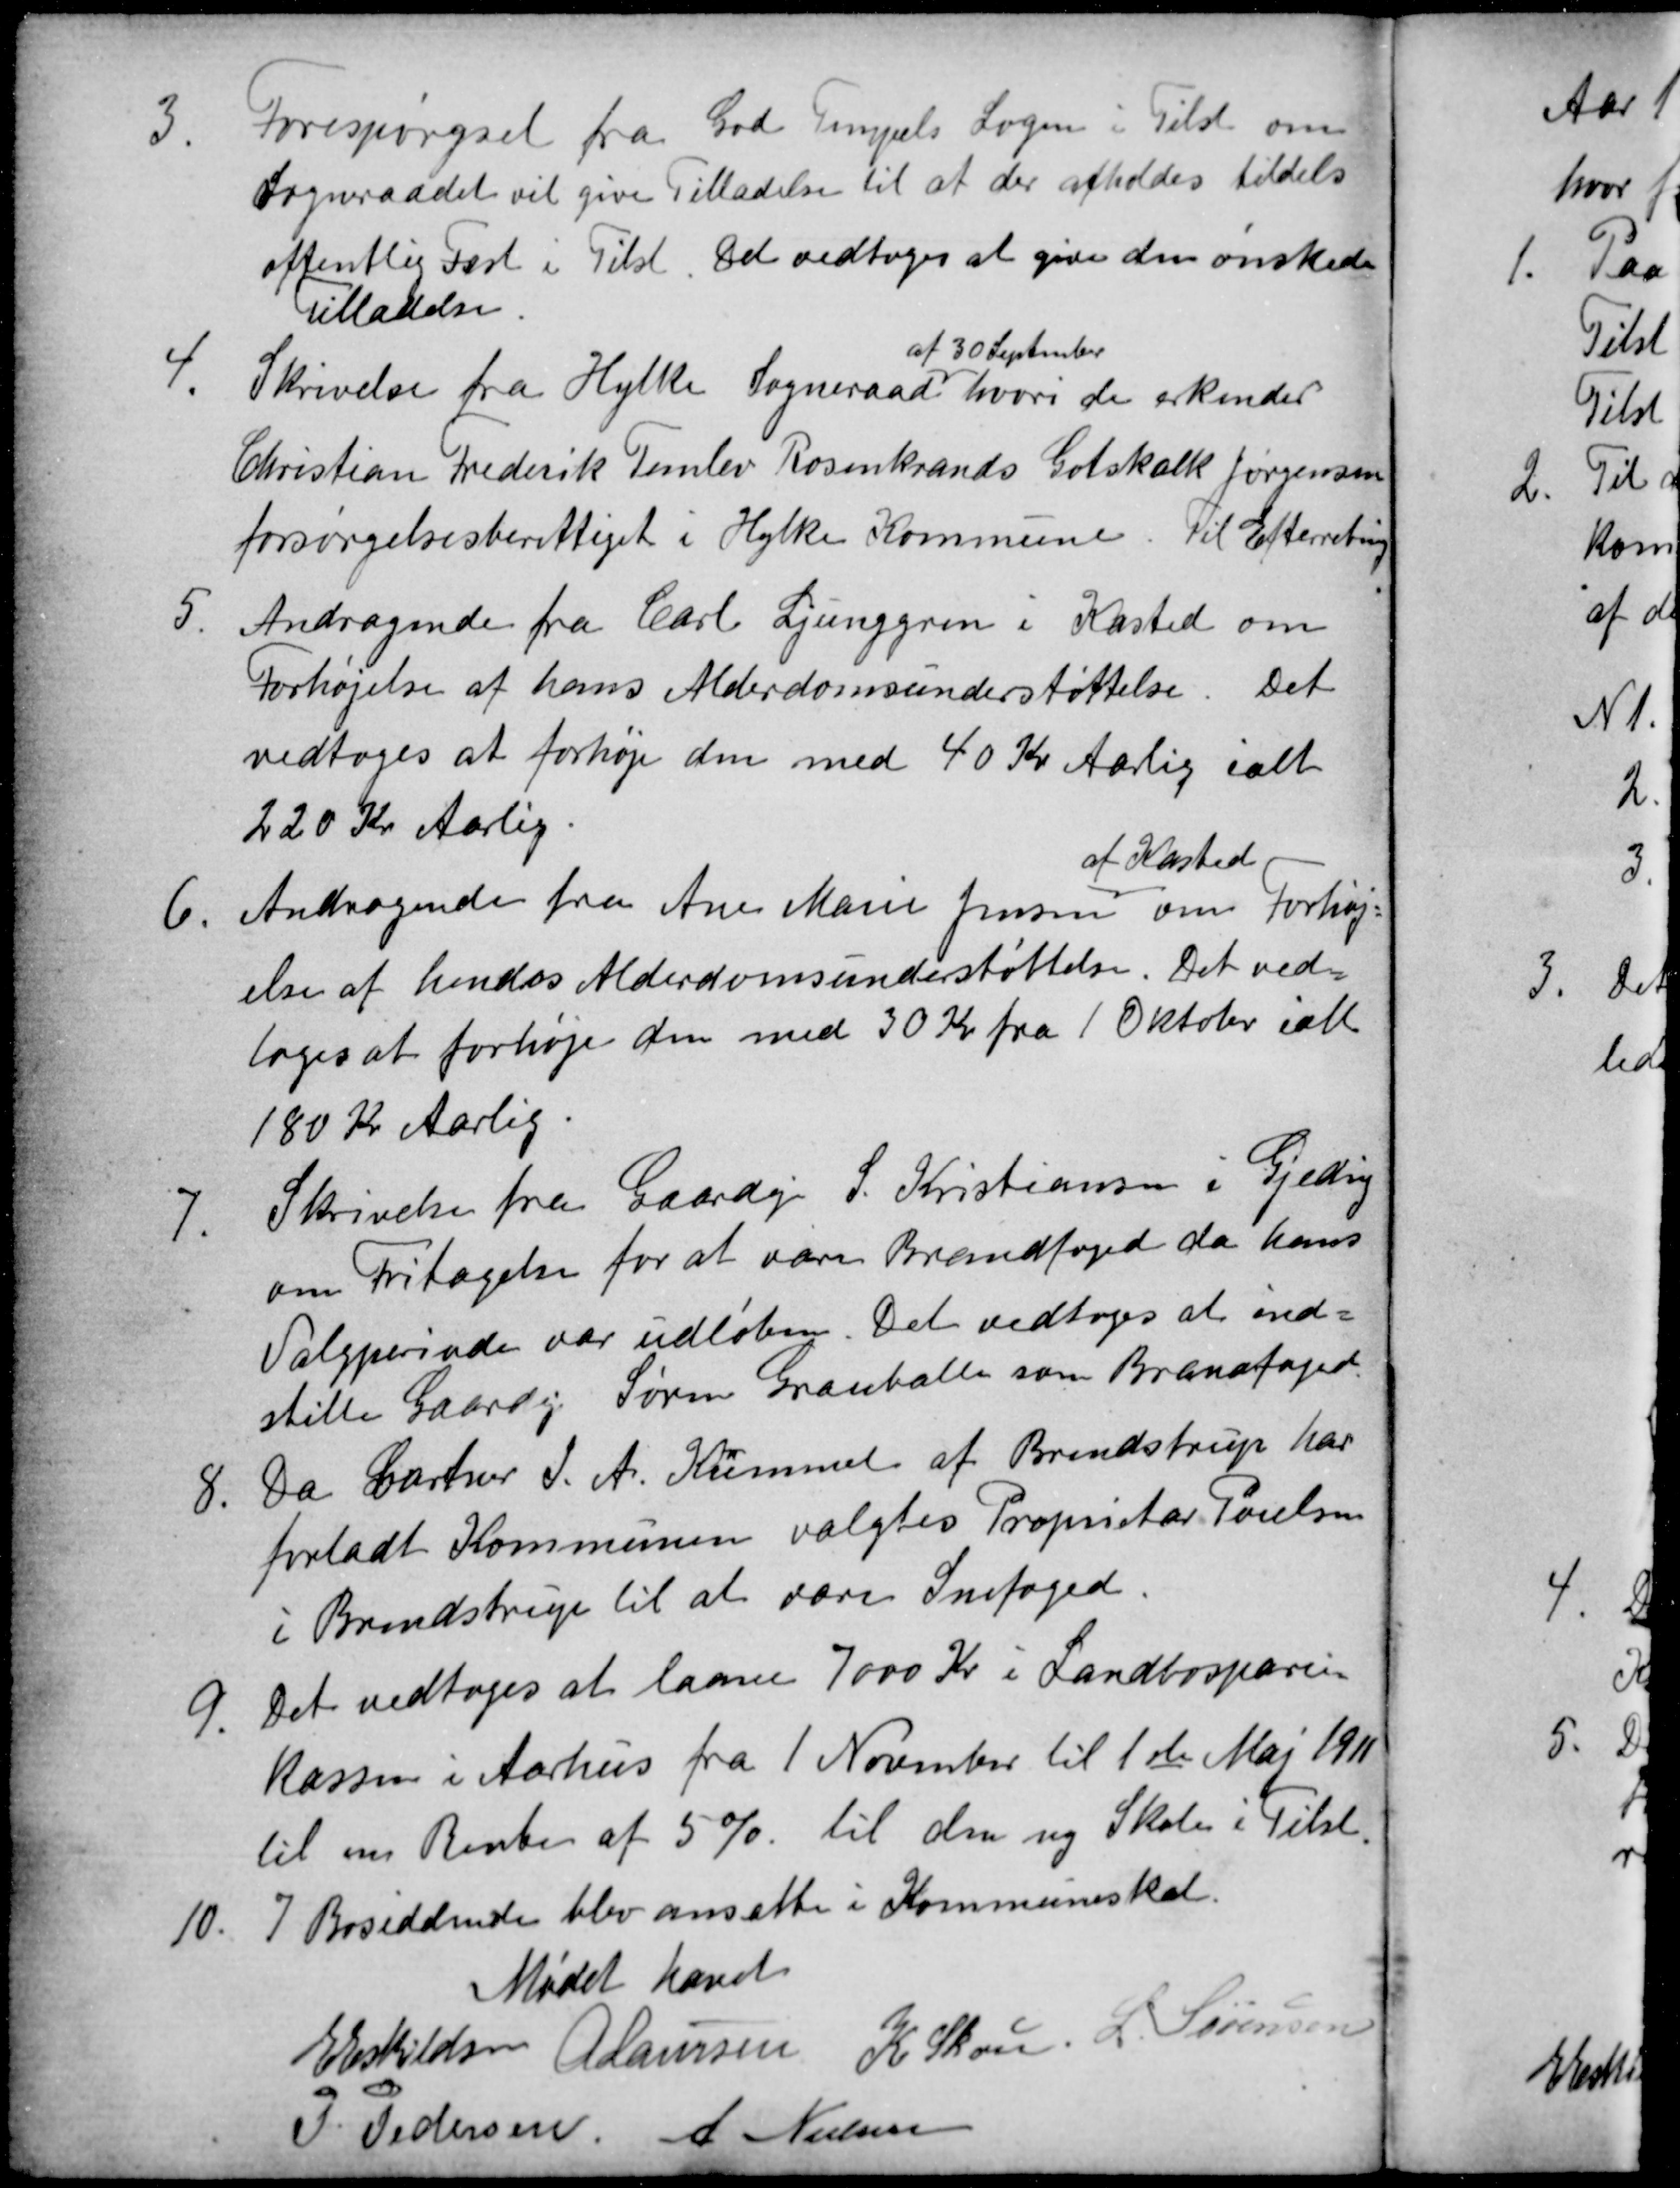
Transskription:
3.
Forespørgsel fra God Tempels Logen i Tilst om
Sogneraadet vil give Tilladelse til at der afholdes tildels
offentlig Fest i Tilst. Det vedtoges at give den ønskede
Tilladelse.
4.
Skrivelse fra Hylke Sogneraad
af 30 September
hvori de erkender
Christian Frederik Temlev Rosenkrands Gotskalk Jørgensen
forsørgelsesberettiget i Hylke Kommune. Til Efterretning
5. 
Andragende fra Carl Ljunggren i Kasted om
Forhøjelse af hans Alderdomsunderstøttelse. Det
vedtoges at forhøje den med 40 Kr Aarlig ialt
220 Kr Aarlig.
6.
Andragende fra Ane Marie Jensen
af Kasted
om Forhøj
else af hendes Alderdomsunderstøttelse. Det ved
toges at forhøje den med 30 Kr fra 1 Oktober ialt
180 Kr Aarlig.
7.
Skrivelse fra Gaardejr S. Kristiansen i Gjeding
om Fritagelse for at være Brandfoged da hans
Valgperiode var udløben. Det vedtoges at ind=
stille Gaardejr Søren Grauballe som Brandfoged
8.
Da Gartner J. A. Kümmel af Brendstrup har
forladt Kommunen valgtes Proprietær Poulsen
i Brendstrup til at være Snefoged.
9.
Det vedtoges at laane 7000 Kr i Landbospare=
kassen i Aarhus fra 1 November til 1ste Mai 1911
til en Rente af 5 % til den ny Skole i Tilst.
10.
7 Bosiddende blev ansatte i Kommuneskat.
Mødet hævet
E Eskildsen A Laursen
K Skou.
L. Sørensen
P. Pedersen A Nielsen